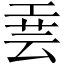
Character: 𫶮